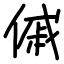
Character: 傶